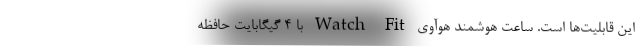
این قابلیت‌ها است. ساعت هوشمند هوآوی Watch Fit با 4 گیگابایت حافظه